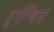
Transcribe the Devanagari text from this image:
दुर्गन्धित